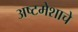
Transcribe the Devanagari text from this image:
अष्टमेशाचे